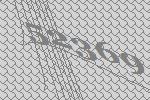
52369